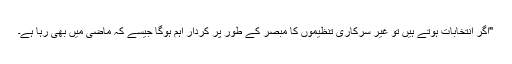
"اگر انتخابات ہوتے ہیں تو غیر سرکاری تنظیموں کا مبصر کے طور پر کردار اہم ہوگا جیسے کہ ماضی میں بھی رہا ہے۔